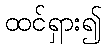
ထင်ရှား၍